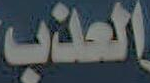
العذب